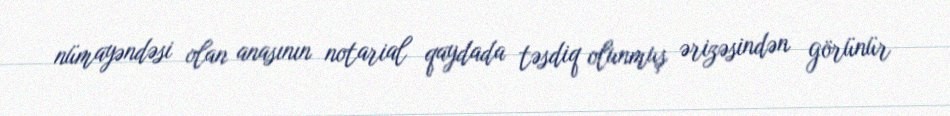
nümayəndəsi olan anasının notarial qaydada təsdiq olunmuş ərizəsindən görünür